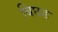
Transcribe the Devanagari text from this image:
बिछड